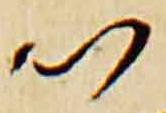
以